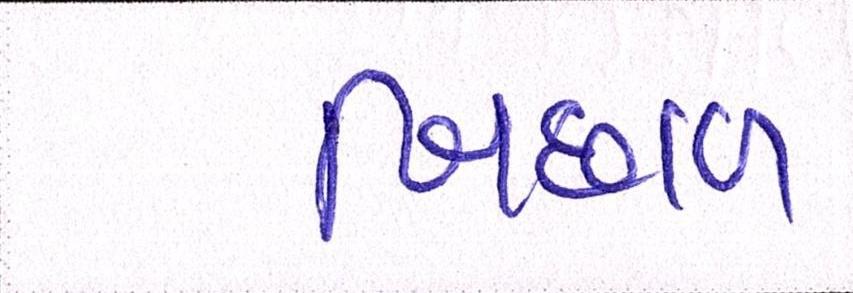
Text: બિછાઇ